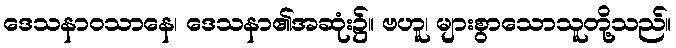
ဒေသနာဝသာနေ၊ ဒေသနာ၏အဆုံး၌။ ဗဟူ၊ များစွာသောသူတို့သည်။